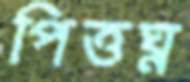
পিত্তঘ্ন